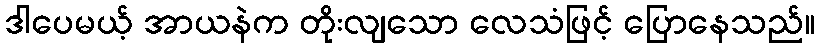
ဒါပေမယ့် အာယနဲက တိုးလျသော လေသံဖြင့် ပြောနေသည်။